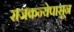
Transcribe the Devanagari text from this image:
राजकन्येपासून